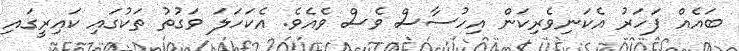
ބައެއް ފަހަރު އެކަނިވެރިކަން އިހުސާސް ވެސް ވެއެވެ. އެކަހަލަ ވަގުތު ތަކުގައި ކައިރީގައި